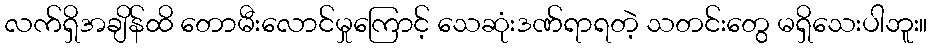
လက်ရှိအချိန်ထိ တောမီးလောင်မှုကြောင့် သေဆုံးဒဏ်ရာရတဲ့ သတင်းတွေ မရှိသေးပါဘူး။